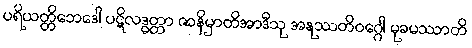
ပရိယတ္တိဘေဒေါ ပဋိလဒ္ဓတ္တာ ဇာနိမှာတိအာဒီသု အနုဿတိဝဂ္ဂေါ မုခမဿာတိ